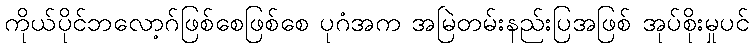
ကိုယ်ပိုင်ဘလော့ဂ်ဖြစ်စေဖြစ်စေ ပုဂံအက အမြဲတမ်းနည်းပြအဖြစ် အုပ်စိုးမှုပင်